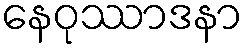
နေဝုဿာဒနာ